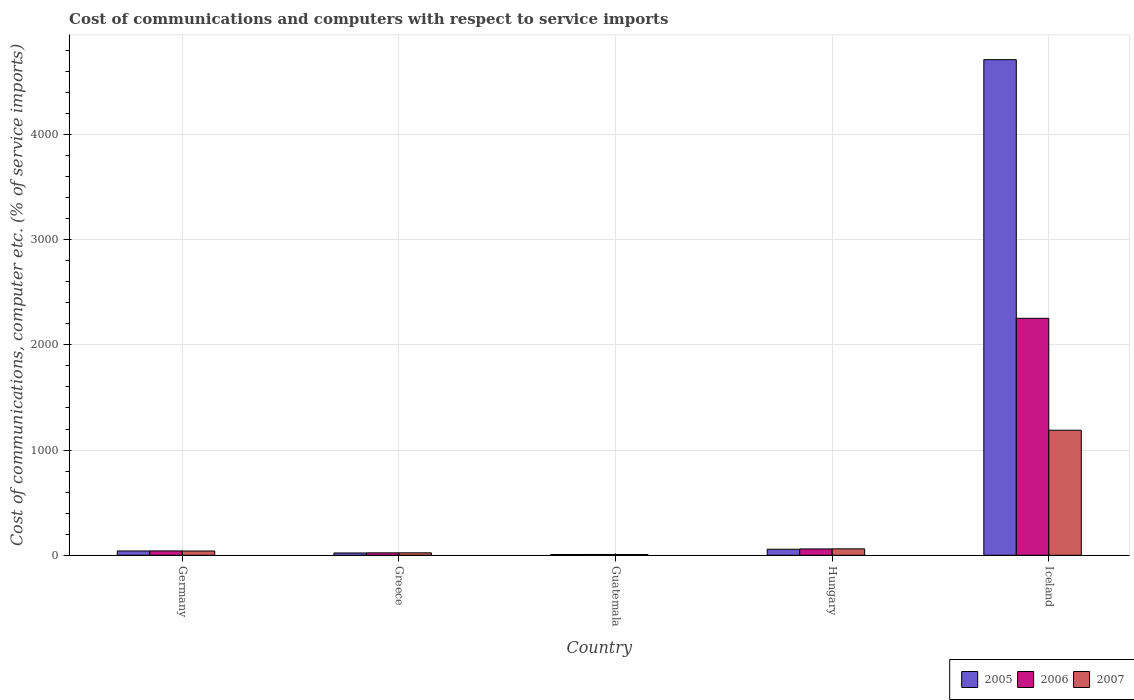
| Country | 2005 | 2006 | 2007 |
 | --- | --- | --- | --- |
 | Germany | 41 | 41.4 | 40.6 |
 | Greece | 22 | 23 | 23.1 |
 | Guatemala | 7.24 | 7.74 | 7.45 |
 | Hungary | 57.3 | 60.3 | 61 |
 | Iceland | 4.71e+03 | 2.25e+03 | 1.19e+03 |